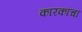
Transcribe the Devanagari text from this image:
कारकांचा